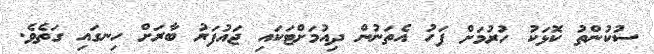
ސުކުންތު ކޮޅަކު ހުރުމަށް ފަހު އެތަނުން ދިއުމަށްޓަކައި ޖައުފަރު ބާރަށް ހިނގައި ގަތެވެ.